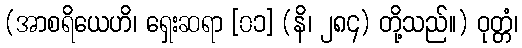
(အာစရိယေဟိ၊ ရှေးဆရာ [၀၁] (နိ၊ ၂၈၄) တို့သည်။) ဝုတ္တံ၊